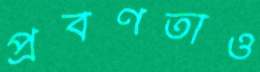
প্রবণতাও